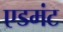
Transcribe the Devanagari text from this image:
एडमंट